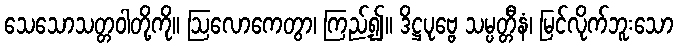
သေသောသတ္တဝါတို့ကို။ ဩလောကေတွာ၊ ကြည့်၍။ ဒိဋ္ဌပုဗ္ဗေ သမ္ပတ္တီနံ၊ မြင်လိုက်ဘူးသော